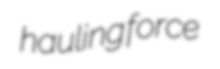
hauling force